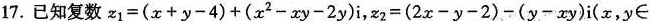
17.已知复数$$ z _ { 1 } = ( x + y - 4 ) +